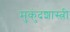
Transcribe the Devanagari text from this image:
मुुकुंदशास्त्री